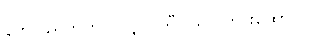
နတ်ပြည်တက်လိုလျှင် သီလလှေကားထောင်။